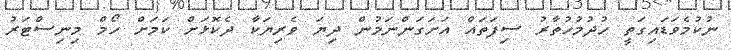
ނުކުމެވަޑައިގަތީ ހުދުމުހުތާރު ސިފަތައް އަށަގަންނަމުން ދިޔަ ވެރިޔަކާ ދެކޮޅަށް ކަމަށް ހޯމް މިނިސްޓަރު